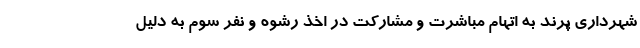
شهرداری پرند به اتهام مباشرت و مشارکت در اخذ رشوه و نفر سوم به دلیل